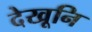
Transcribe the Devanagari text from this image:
देखूनि